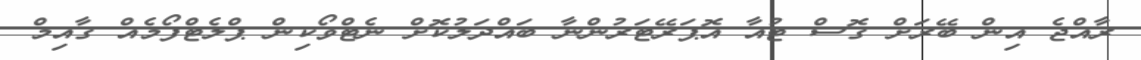
ރާއްޖެ އިން ބޭރަށް ގޮސް ޓުއާ އޮޕަރޭޓަރުންނާ ބައްދަލުކޮށް ނެޓްވޯކިން ޕްލެޓްފޯމެއް ގާއިމް